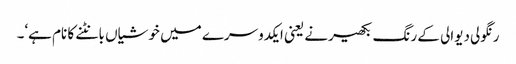
رنگولی دیوالی کے رنگ بکھیرنے یعنی ایکدوسرے میں خوشیاں بانٹنے کا نام ہے‘۔